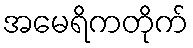
အမေရိကတိုက်